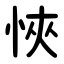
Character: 悏